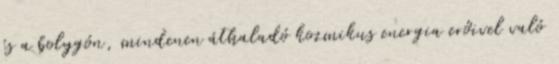
és a bolygón, mindenen áthaladó kozmikus energia erőivel való